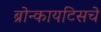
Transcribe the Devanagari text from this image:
ब्रोन्कायटिसचे